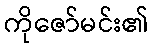
ကိုဇော်မင်း၏